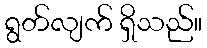
ရွတ်လျက် ရှိသည်။